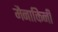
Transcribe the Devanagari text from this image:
मैनाकिनी